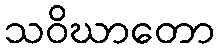
သဝိဃာတော